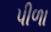
પીળા